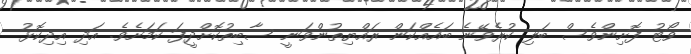
ވޯޓު ފޮށިންވެސް ބަލި ކުރެވޭނެ ބައެއްކަން ރައްޔިތުންވަނީ ސާބިތުކޮށްދީފަ ކަމަށެވެ. އަދި އިދިކޮޅު